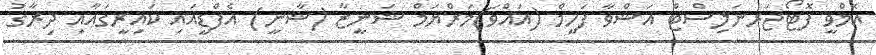
އެމްވީ ފޮޓޯޖަރނަލިސްޓް އަޝްވާ ފަހީމް (އައްވަ)މަރްޔަމް ޝަނީޒާ (ޝާނީ) އެފްޑީއައި ކައިރީގައާއި ދިރާގު